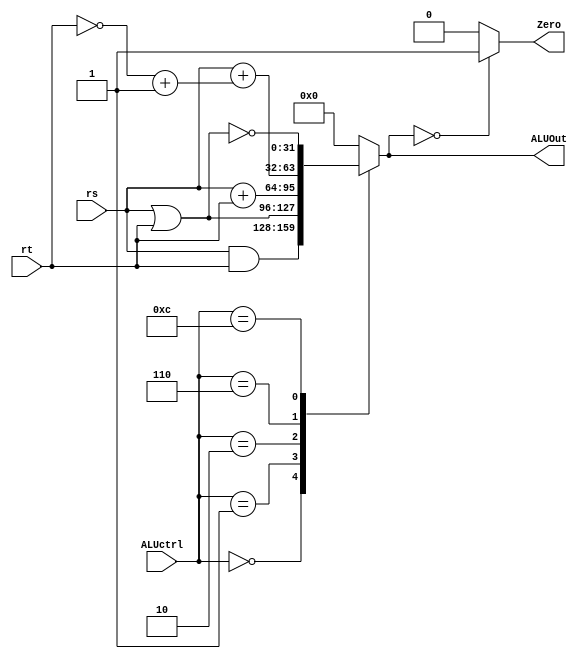
`timescale 1ns / 1ps
//////////////////////////////////////////////////////////////////////////////////
// Company: 
// Engineer: 
// 
// Design Name: 
// Module Name:    ALU 
// Project Name: 
// Target Devices: 
// Tool versions: 
// Description: 
//
// Dependencies: 
//
// Revision: 
// Revision 0.01 - File Created
// Additional Comments: 
//
//////////////////////////////////////////////////////////////////////////////////
module ALU(
		//ALU control
		input [3 : 0] ALUctrl,
		//data input port
		input [31 : 0] rs,
		input [31 : 0] rt,
		//ALU data output port
		output reg [31 : 0] ALUOut,
		//ALU zero port
		output reg Zero
    );
	
			always @(ALUctrl, rs, rt) begin //reevaluate if these change
				case (ALUctrl)
					0: ALUOut <= rs & rt;//and
					1: ALUOut <= rs | rt;//or
					2: ALUOut <= rs + rt;//add
					6: ALUOut <= rs + (~rt + 1);//subtract
					12: ALUOut <= ~(rs | rt); // result is nor
					default: ALUOut <= 0;
				endcase
			end
			
			always @(ALUOut) begin
				if (ALUOut == 0) begin
					Zero <= 1;
				end else begin
					Zero <= 0;
				end
			
			end
endmodule